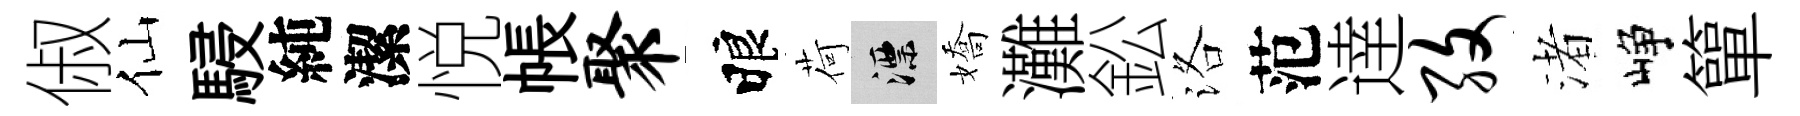
俶仙駸純潔悦帳聚睱荷漂嬌灘鈆洛范逹孜渚峥簞